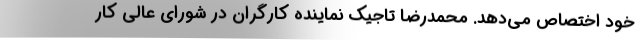
خود اختصاص مي‌دهد. محمدرضا تاجيك نماينده كارگران در شوراي عالي كار